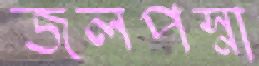
জলপস্না